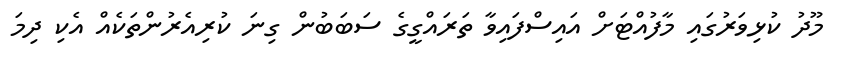
މޫދު ކުޅިވަރުގައި މާފުއްޓަށް އައިސްފައިވާ ތަރައްގީގެ ސަބަބުން ގިނަ ކުރިއެރުންތަކެއް އެކި ދިމަ